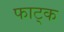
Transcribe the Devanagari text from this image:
फाट्क